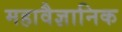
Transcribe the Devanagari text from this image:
महावैज्ञानिक